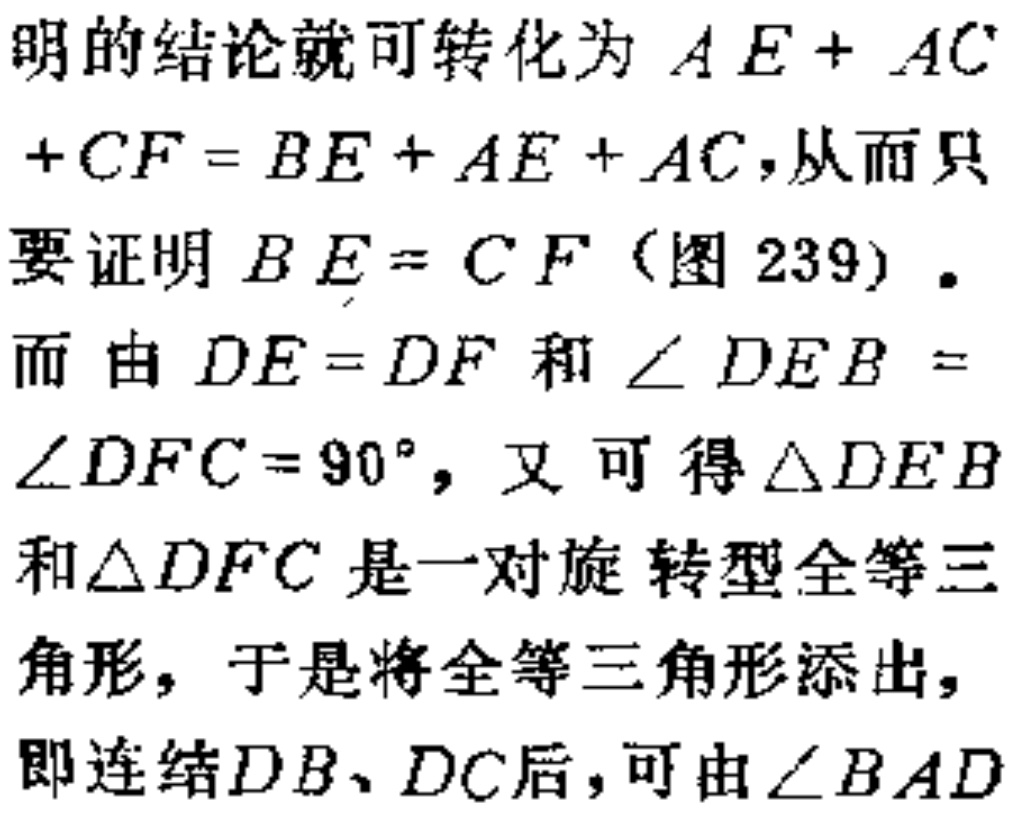
明的结论就可转化为 \(AE + AC+CF = BE + AE + AC\)，从而只要证明 \(BE = CF\)（图 239）. 而由 \(DE = DF\) 和 \(\angle DEB=\angle DFC = 90^{\circ}\)，又可得 \(\triangle DEB\)和 \(\triangle DFC\) 是一对旋转型全等三角形，于是将全等三角形添出，即连结 \(DB、DC\)后，可由 \(\angle BAD\)